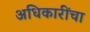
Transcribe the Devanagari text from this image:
अधिकारींचा